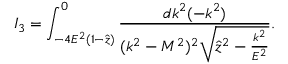
I _ { 3 } = \int _ { - 4 E ^ { 2 } ( 1 - \hat { z } ) } ^ { 0 } \frac { d k ^ { 2 } ( - k ^ { 2 } ) } { ( k ^ { 2 } - M ^ { 2 } ) ^ { 2 } \sqrt { \hat { z } ^ { 2 } - \frac { k ^ { 2 } } { E ^ { 2 } } } } .